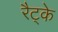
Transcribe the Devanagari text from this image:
रैट्के